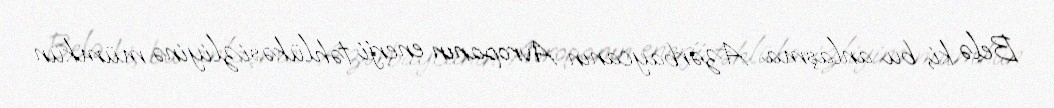
Belə ki, bu anlaşma Azərbaycanın Avropanın enerji təhlükəsizliyinə mümkün